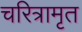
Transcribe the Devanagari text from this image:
चरित्रामृत